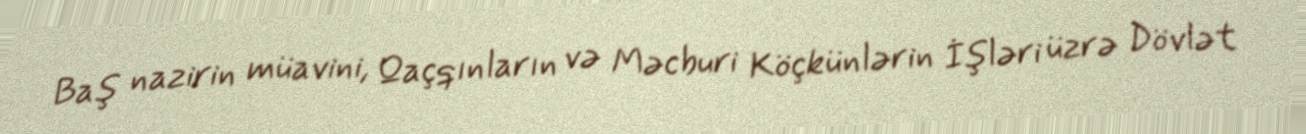
Baş nazirin müavini, Qaçqınların və Məcburi Köçkünlərin İşləri üzrə Dövlət